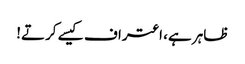
ظاہر ہے، اعتراف کیسے کرتے!